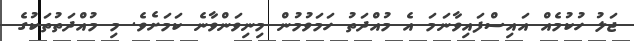
ޖަލު ހުކުމެއް އައިސްފައިވާނަމަ އެ މުއްދަތު ހަމަވުމުން މިނިވަންވާނެ ކަމަށެވެ. މި މުއްދަތުތަކުގެ